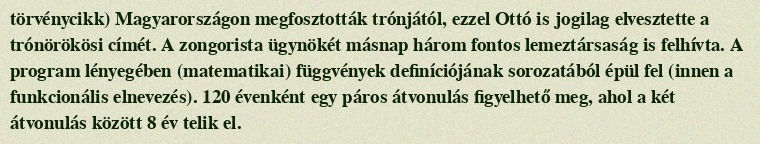
törvénycikk) Magyarországon megfosztották trónjától, ezzel Ottó is jogilag elvesztette a trónörökösi címét. A zongorista ügynökét másnap három fontos lemeztársaság is felhívta. A program lényegében (matematikai) függvények definíciójának sorozatából épül fel (innen a funkcionális elnevezés). 120 évenként egy páros átvonulás figyelhető meg, ahol a két átvonulás között 8 év telik el.